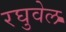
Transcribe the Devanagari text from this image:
रघुवेल